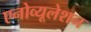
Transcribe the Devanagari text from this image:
एनोव्यूलेशन